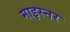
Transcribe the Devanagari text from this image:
माइस्नर